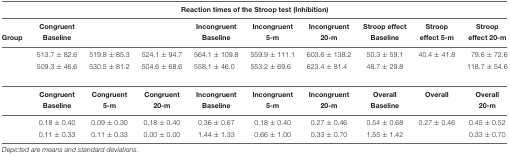
<table><thead><tr><td colspan="10"><b>Reaction times of the Stroop test (Inhibition)</b></td></tr><tr><td>[EMPTY_CELL]</td><td><b>Congruent</b></td><td>[EMPTY_CELL]</td><td>[EMPTY_CELL]</td><td><b>Incongruent</b></td><td><b>Incongruent</b></td><td><b>Incongruent</b></td><td><b>Stroop effect</b></td><td><b>Stroop</b></td><td><b>Stroop</b></td></tr><tr><td><b>Group</b></td><td><b>Baseline</b></td><td>[EMPTY_CELL]</td><td>[EMPTY_CELL]</td><td><b>Baseline</b></td><td><b>5-m</b></td><td><b>20-m</b></td><td><b>Baseline</b></td><td><b>effect 5-m</b></td><td><b>effect 20-m</b></td></tr></thead><tbody><tr><td>[EMPTY_CELL]</td><td>513.7 ± 82.6</td><td>519.8 ± 85.3</td><td>524.1 ± 94.7</td><td>564.1 ± 109.8</td><td>559.9 ± 111.1</td><td>603.6 ± 138.2</td><td>50.3 ± 59.1</td><td>40.4 ± 41.8</td><td>79.6 ± 72.6</td></tr><tr><td>[EMPTY_CELL]</td><td>509.3 ± 46.6</td><td>530.5 ± 81.2</td><td>504.6 ± 68.6</td><td>558.1 ± 46.0</td><td>553.2 ± 69.6</td><td>623.4 ± 81.4</td><td>48.7 ± 29.8</td><td>[EMPTY_CELL]</td><td>118.7 ± 54.6</td></tr><tr><td colspan="10">[EMPTY_CELL]</td></tr><tr><td>[EMPTY_CELL]</td><td><b>Congruent</b></td><td><b>Congruent</b></td><td><b>Congruent</b></td><td><b>Incongruent</b></td><td><b>Incongruent</b></td><td><b>Incongruent</b></td><td><b>Overall</b></td><td><b>Overall</b></td><td><b>Overall</b></td></tr><tr><td>[EMPTY_CELL]</td><td><b>Baseline</b></td><td><b>5-m</b></td><td><b>20-m</b></td><td><b>Baseline</b></td><td><b>5-m</b></td><td><b>20-m</b></td><td><b>Baseline</b></td><td>[EMPTY_CELL]</td><td><b>20-m</b></td></tr><tr><td>[EMPTY_CELL]</td><td>0.18 ± 0.40</td><td>0.09 ± 0.30</td><td>0.18 ± 0.40</td><td>0.36 ± 0.67</td><td>0.18 ± 0.40</td><td>0.27 ± 0.46</td><td>0.54 ± 0.68</td><td>0.27 ± 0.46</td><td>0.45 ± 0.52</td></tr><tr><td>[EMPTY_CELL]</td><td>0.11 ± 0.33</td><td>0.11 ± 0.33</td><td>0.00 ± 0.00</td><td>1.44 ± 1.33</td><td>0.66 ± 1.00</td><td>0.33 ± 0.70</td><td>1.55 ± 1.42</td><td>[EMPTY_CELL]</td><td>0.33 ± 0.70</td></tr></tbody></table>